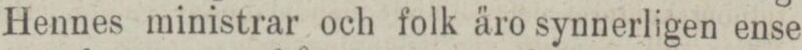
Hennes ministrar och folk äro synnerligen ense